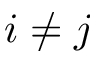
i \neq j